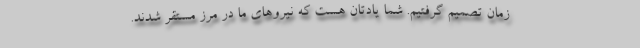
زمان تصمیم گرفتیم. شما یادتان هست که نیروهای ما در مرز مستقر شدند.